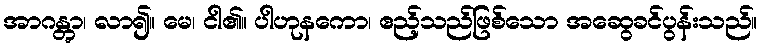
အာဂန္တွာ၊ လာ၍။ မေ၊ ငါ၏။ ပါဟုနကော၊ ဧည့်သည်ဖြစ်သော အဆွေခင်ပွန်းသည်။